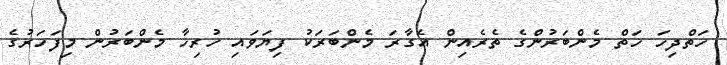
ހަތްދިހަ ހަތް މެންބަރުންގެ ތެރެއިން އެގާރަ މެންބަރަކު ފިޔަވައި ހުރިހާ މެންބަރުން މިފަހަރުގެ